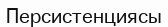
Персистенциясы